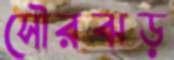
সৌরঝড়